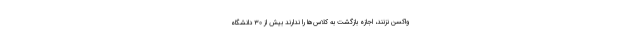
واکسن نزنند، اجازه بازگشت به کلاس‌ها را ندارند بیش از ۳۰ دانشگاه